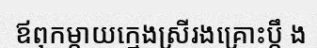
ឪពុកម្តាយក្មេងស្រីរងគ្រោះប្តឹ ង